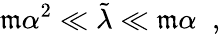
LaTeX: \mathfrak{m}\alpha^{2}\ll\tilde{{\lambda}}\ll\mathfrak{m}\alpha\; \; ,